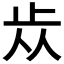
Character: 𣥐